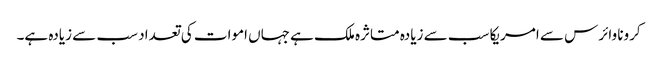
کرونا وائرس سے امریکا سب سے زیادہ متاثرہ ملک ہے جہاں اموات کی تعداد سب سے زیادہ ہے۔